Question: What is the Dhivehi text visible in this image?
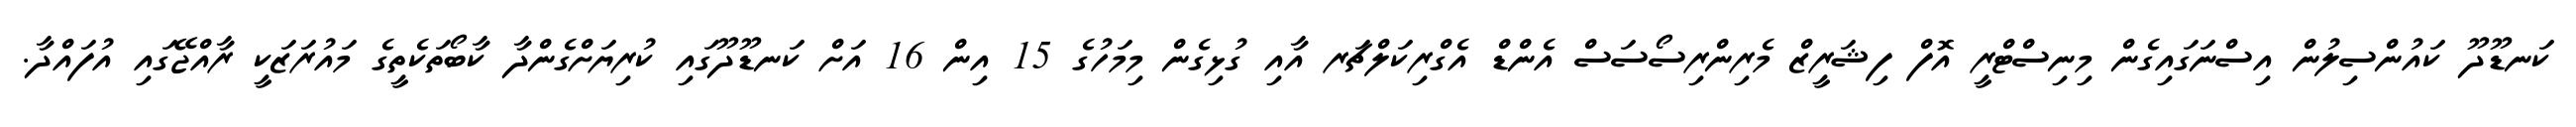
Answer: ކަނޑޫދޫ ކައުންސިލުން އިސްނަގައިގެން މިނިސްޓްރީ އޮފް ފިޝަރީޒް މެރިންރިސޯސަސް އެންޑް އެގްރިކަލްޗަރ އާއި ގުޅިގެން މިމަހުގެ 15 އިން 16 އަށް ކަނޑޫދޫގައި ކުރިޔަށްގެންދާ ކާބޯތަކެތީގެ މައުރަޒަކީ ރާއްޖޭގައި އުފައްދާ.